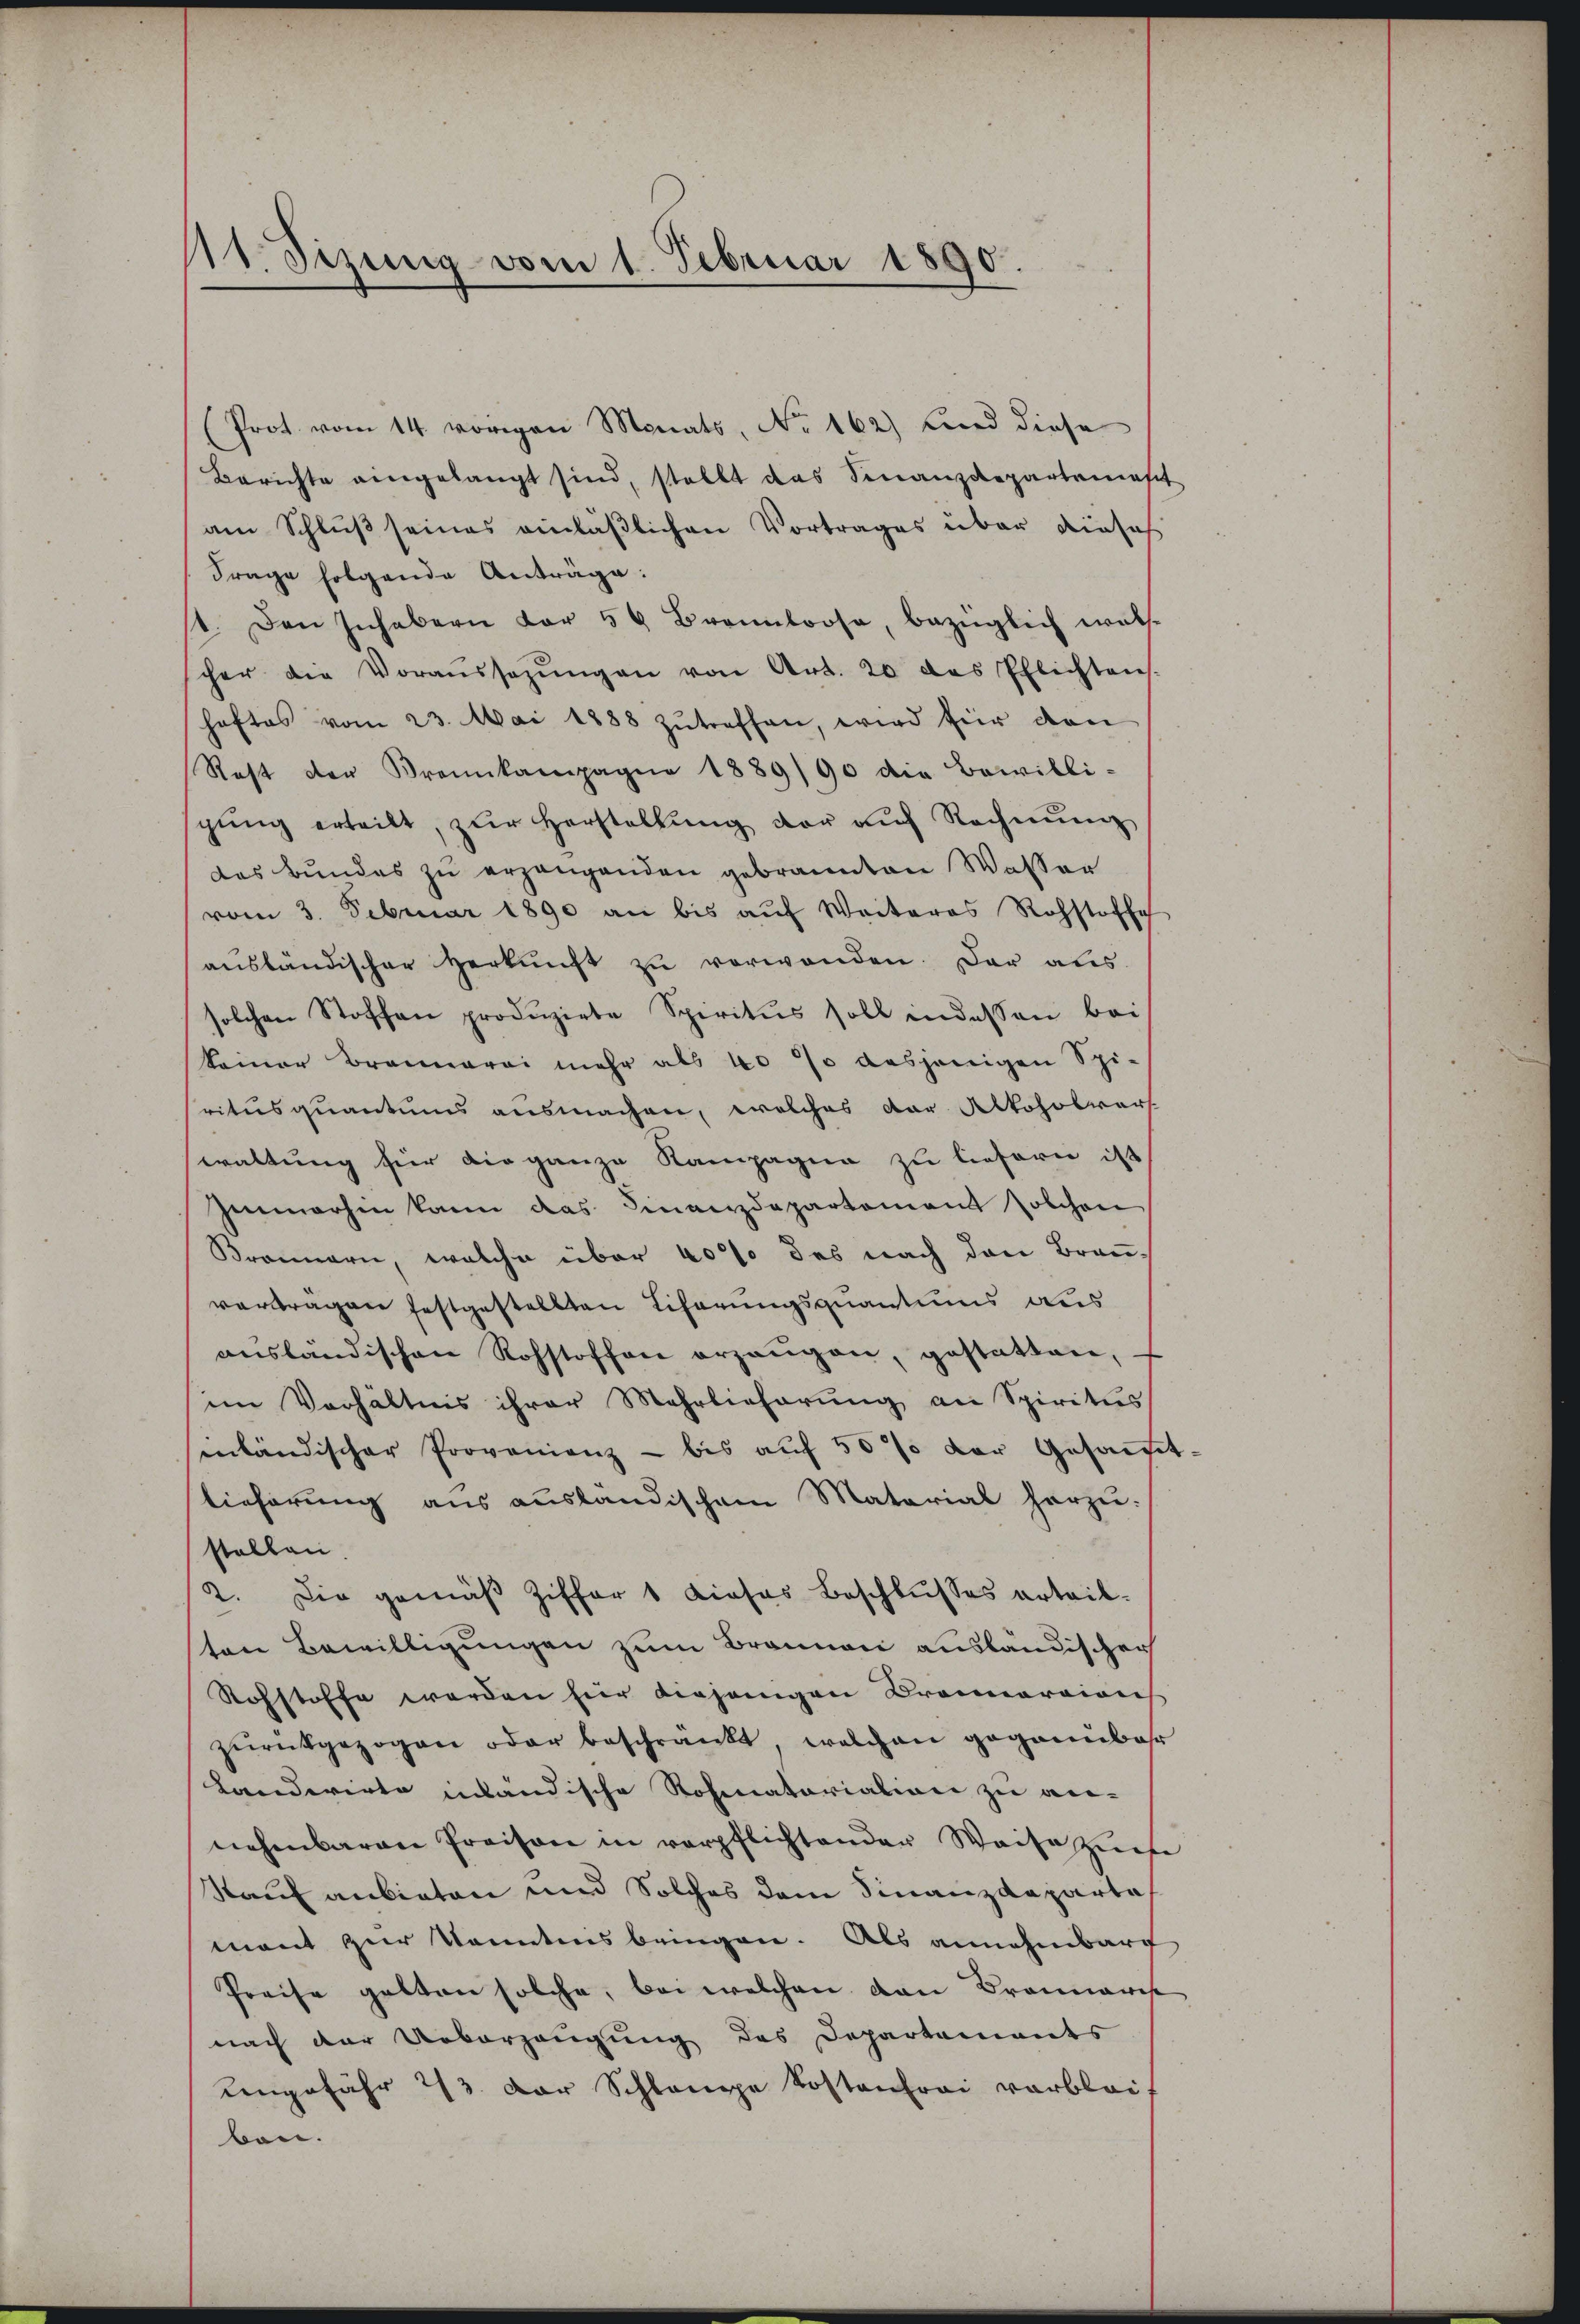
111. Sizung vom 1. Februar 1890.

(Prot. vom 14. vorgen Monats, No 162) und diese
Berichte eingelangt sind, stellt das Finanzdepartemest
am Schluß seines einläßlichen Vortrages über dieses
Frage folgende Anträge:
st. Den Inhabern vor 54 Brennloose, bezüglich wals-
cher die Voraŭssagŭngen von Art. 20 das Pflichten
haftes vom 23. Mai 1888 zŭtreffen, wird für den
Rest der Frankampagne 1889/90 die Bewilli-
gŭng erteilt, zŭr Herstellŭng der aŭf Rechnŭng
das Bundes zu erzeugenden gebrannten Wasser
vom 3. Februar 1890 an bis aŭf Weiteres Rohstoffe
aŭsländischer Herkŭnft zŭ verwenden. Der aus
solchen Stoffen produzirte Spiritus soll in dessen bei
keiner Brennerei mehr als 10 % desjenigen Spi-
ritusquantums ausmachen, welches der Alkoholwert
waltung für die ganze Rampagna zu liefern ist
Zeumerhin kann das Finanzdepartement solchen
Bronnern, welche über 40% des nach den Bran-
verträgen festgestellten Eiferungsquantums aus
ausländischen Rohstoffen erzeugen, gestatten,
im Verhältnis ihrer Mehrlieferung an Spiritus
inländischer Provenienz - bis aŭf 50 % der Gesamt.
lieferung aus ausländischem Material herzu.
stallen
2. Die gemäβ Ziffer 1 dieses Beschlŭsses erteil-
ten Bewilligungen zum Brannen ausländischer
Rohstoffe werden für diejenigen Brannaraion
zŭrückgezogen oder beschränkt, welchen gegannbar
Landwirte inländische Rosenatorialion zu ver-
nehmbaren Preisen in verpflichtender Waise ziehe
Kauf anbieten und Solches dem Finanzdeparta
mant zur Kenntnis bringen. Als annehmbare
Preise gelten solche, bei welchen von Brannames
nach der Ueberzeugung des Departements
ungefähr 23. Der Schlampe Kostenfrei verblei
ben.